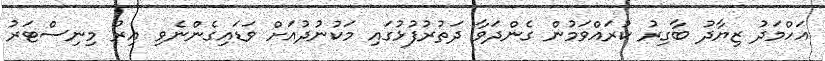
އަހްމަދު ޒިޔާދު ބާގިރު ކުރައްވަމުން ގެންދަވާ ދަތުރުފުޅުގައި މަކުނުދުއަށް ވަޑައިގެންނެވި އިރު މިނިސްޓަރު